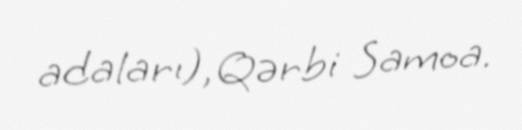
adaları), Qərbi Samoa.